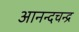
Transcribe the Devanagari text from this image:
आनन्दचन्द्र